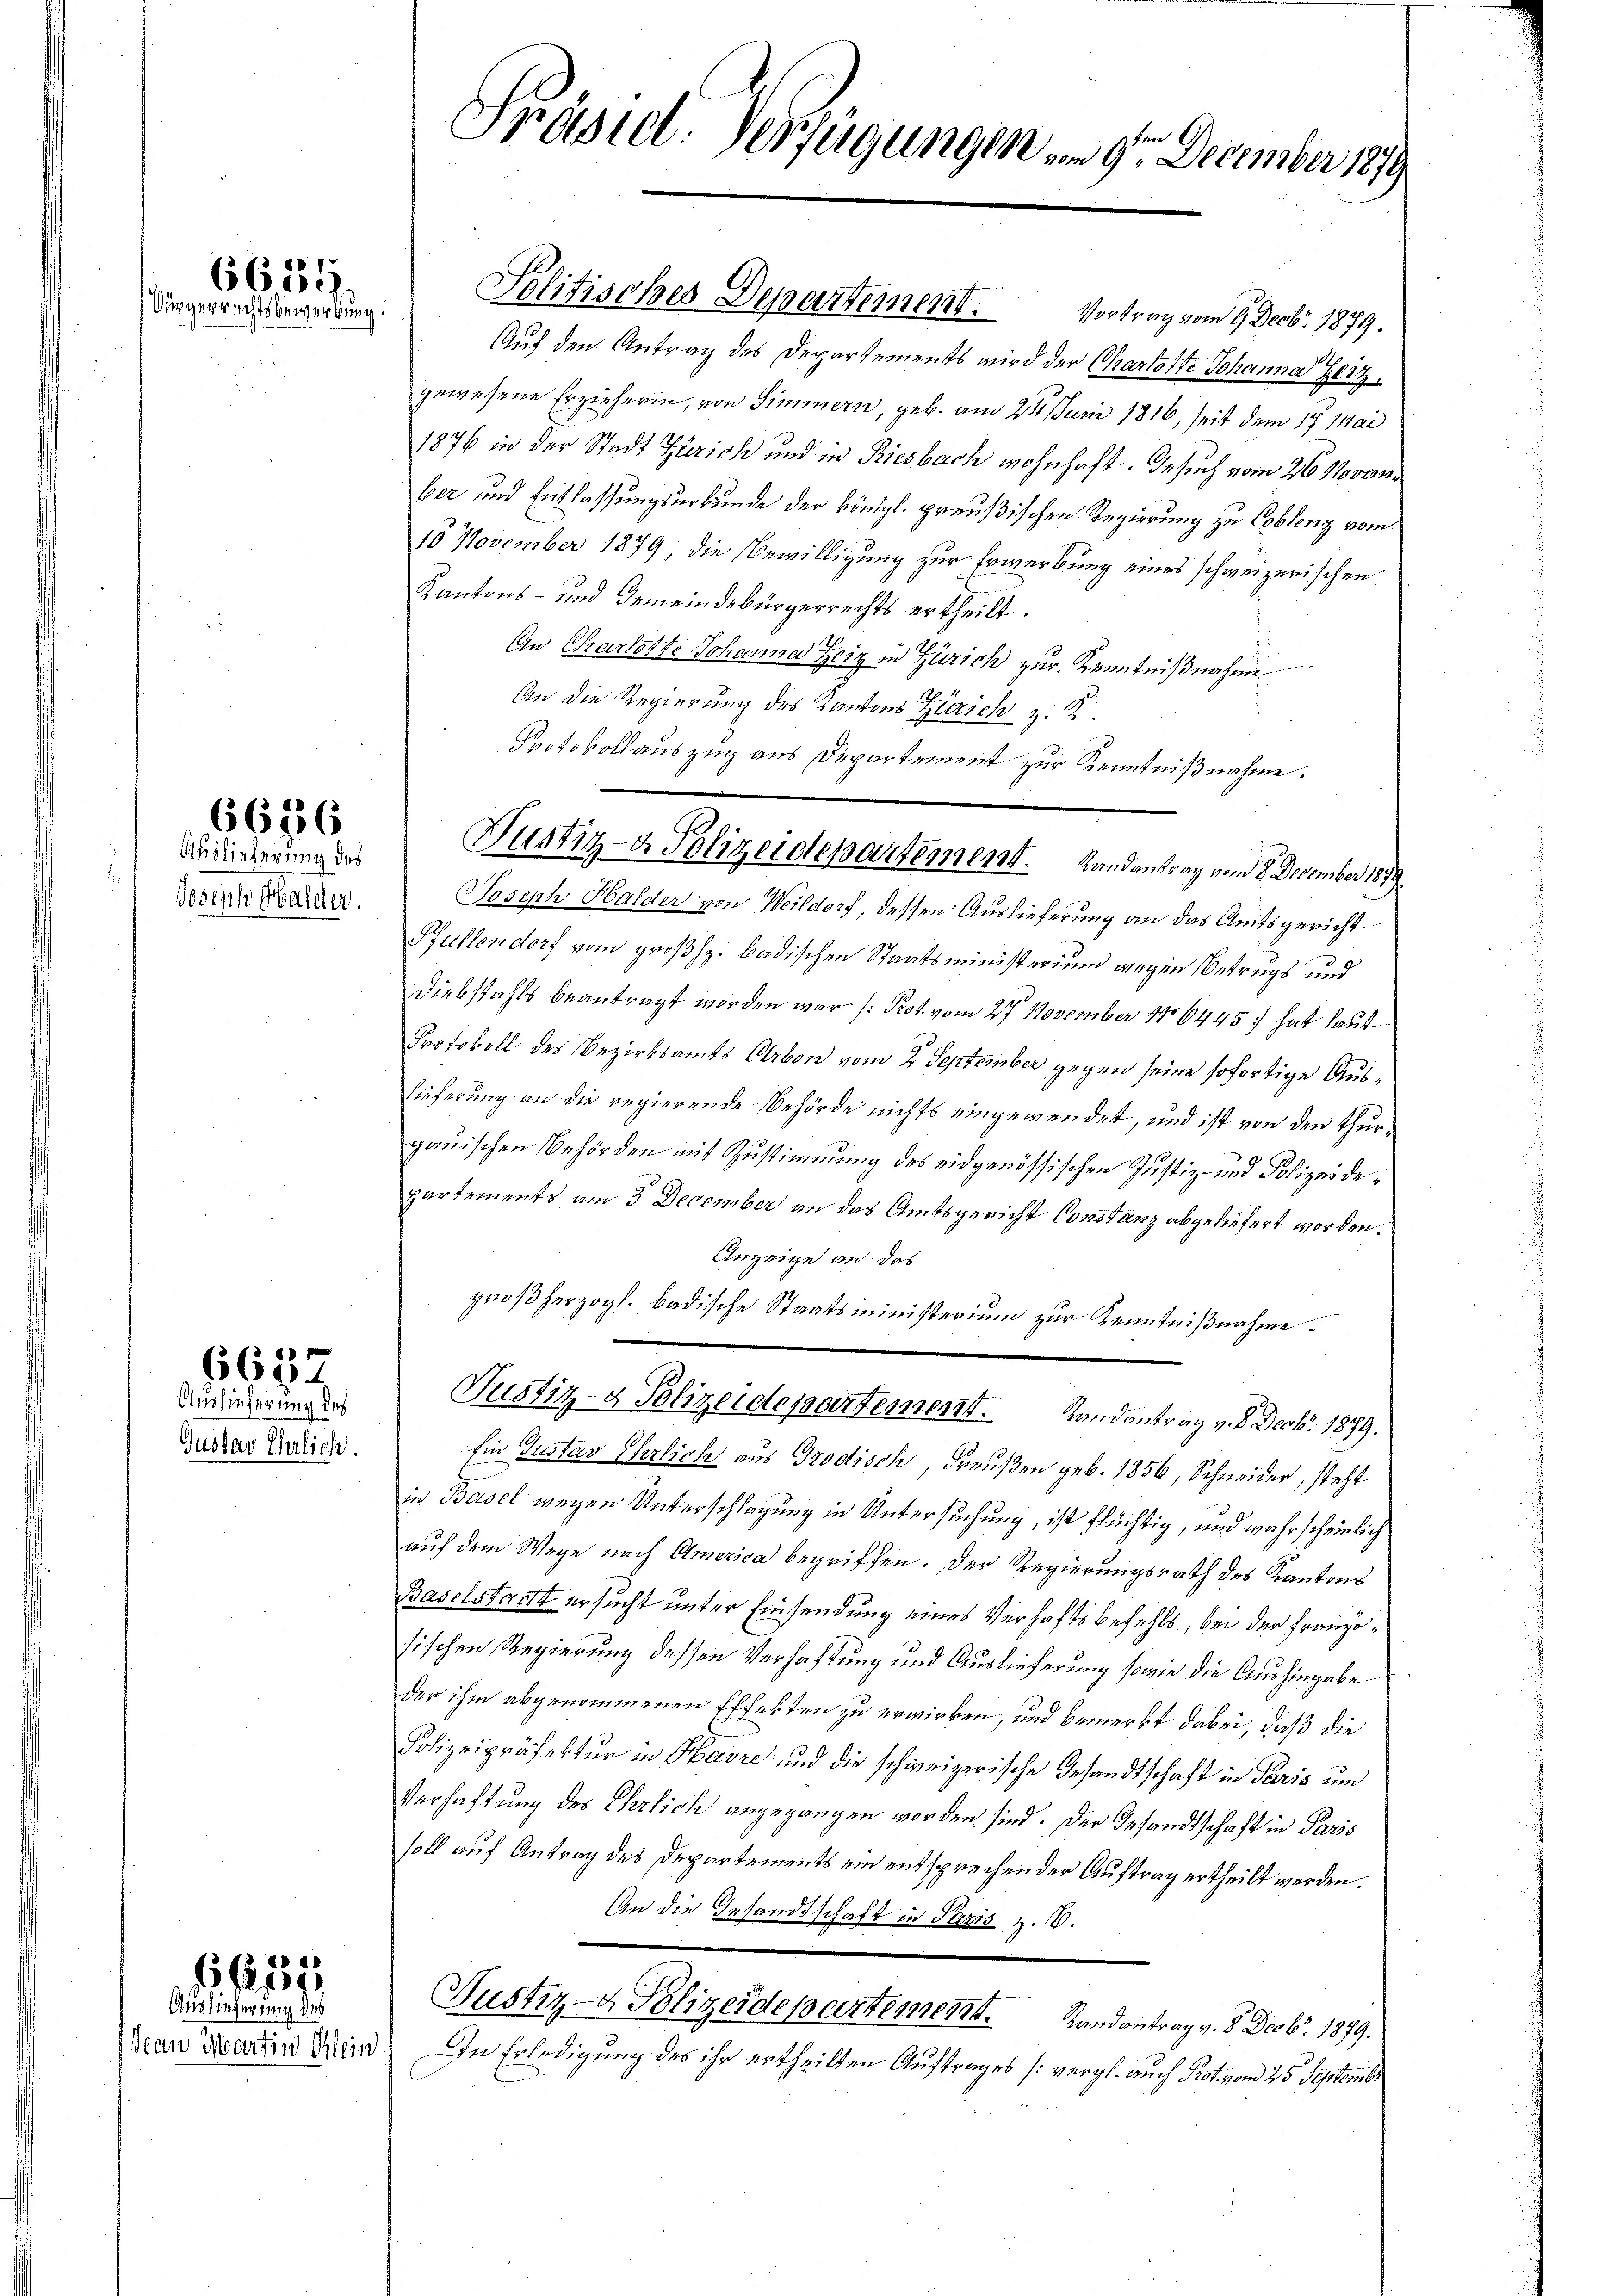
6659.
Bürgerrechtsbewerbung.

6636
Auslieferung des

Joseph Halder.

6637

Auslieferung des
Gustav Ehrlich.

Auslieferung des

6557

Präsid. Verfügungen am 9ten December 1879

Politisches Departement. Vortrag vom 9. Decbr. 1879.

Auf den Antrag des Departements wird der Charlotte Johanna Heiz
gewesene Erzieherin, von Simmern, geb. am 24. Juni 1816, seit dem 17 Mai
1876 in der Stadt Zürich und in Riesbach wohnhaft. Gesuch vom 26. November und Entlassungsurkunde der königl. preußischen Regierung zu Coblenz vom
10 November 1879, die Bewilligung zur Erwerbung eines schweizerischen
Kantons- und Gemeindebürgerrechts ertheilt.
An Charlotte Johanna Heiz in Zürich zur Kenntnißnahme
An die Regierung des Kantons Zürich z. B.
Protokollauszug aus Departement zur Kenntnißnahme:
Joseph Halder von Weildorf, dessen Auslieferung an das Amtsgericht
Hüllendorf vom großh. badischen Staatsministerium wegen Betrugs und
Diebstahls beantragt worden war (Prot. vom 27. November 186445; hat laut
Protokoll des Bezirksamts Arbon vom 2. September gegen seine sofortige Aus¬
Lieferung an die regierende Behörde nichts eingewendet, und ist von den Thurgauischen Behörden mit Zustimmung des eidgenössischen Justiz- und Polizeidepartements am 3 December an das Amtsgericht Constanz abgeliefert worden.
Anzeige an das
großherzogl. badische Staatsministerium zur Kenntnißnahme.
Justiz- & Polizeidepartement. Landantrag v. 8. Decbr. 1879.
Ein Gustav Salich aus Grodisch Preußen geb. 1856, Schneider, steht
in Basel wegen Unterschlagung in Untersuchung, ist flüchtig, und wahrscheinlich
auf dem Wege nach America begriffen. Der Regierungsrath des Kantons
Baselstacht ersucht unter Einsendung eines Verhaftsbefehls, bei der Französischen Regierung dessen Verhaftung und Auslieferung sowie die Aushingabe
der ihm abgenommenen Effekten zu erwirken, und bemerkt dabei, daß die
Polizeipräfektur in Havre und die schweizerische Gesandtschaft in Paris um
Verhaftung des Gerlich angegangen worden sind. Der Gesandtschaft in Paris
soll auf Antrag des Departements ein entsprechen der Auftrag ertheilt werden.
An die Gesandtschaft in Paris z. B.
Justiz- & Polizeidepartement. Landantrag v. 8. Decbr. 1879.
Jean Martin Mein! In Erledigung des ihr ertheilten Auftrages (vergl. auch Prot. vom 25. Septembr

Justiz- & Polizeidepartement. Landantrag vom 8. December 1879